Annual statistical returns and brief notes on vaccination in Bengal - 1896-1909
Year: 1896
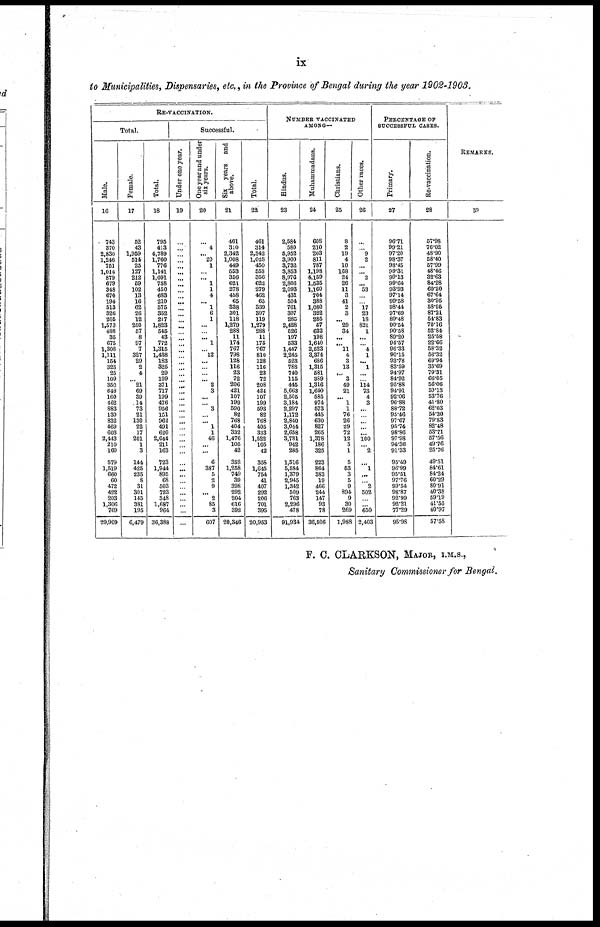
ix
to Municipalities, Dispensaries, etc., in the Province of Bengal during the year 1902-1903.
RE-VACCINATION.
Total.
Male.
16
743
370
2,830
1,246
751
1,014
879
679
348
670
194
513
326
205
1,573
488
35
675
1,308
1,111
154
323
25
109
350
648
160
462
883
130
832
469
603
2,443
210
160
579
1,519
660
60
472
422
203
1,306
769
29,909
Female.
17
52
43
1,959
514
25
127
212
59
102
13
16
62
26
12
250
57
8
97
7
327
29
2
4
...
21
69
39
14
73
21
130
22
17
201
1
3
144
425
235
8
31
301
145
381
195
6,479
Total.
18
795
413
4,789
1,760
776
1,141
1,091
738
450
683
210
575
352
217
1,823
545
43
772
1,315
1,438
183
325
29
109
371
717
199
476
956
151
962
491
620
2,644
211
163
723
1,944
895
68
503
723
348
1,687
964
36,388
Successful.
Under one year.
19
...
...
...
...
...
...
...
...
...
...
...
...
...
...
...
...
...
...
...
...
...
...
...
... ...
...
...
...
...
...
...
...
...
...
...
...
...
...
...
...
...
...
...
...
...
...
One year and under
six years.
20
...
4
... 20
1
...
... 1
1
4
... 1
6
1
...
...
... 1
...
l2
...
...
...
...
2
3
...
...
3
...
...
1
1
46
...
...
6
387
5
2
9
... 2
85
3
607
Six years and
above.
21
461
310
2,342
1,008
449
553
356
621
278
458
65
338
301
118
1,279
288
11
174
767
798
128
116
23
72
206
421
107
199
590
82
768
404
332
1,476
105
42
352
1,258
749
39
398
292
204
616
392
20,346
Total.
22
461
314
2,342
1,028
450
553
356
622
279
462
65
339
307
119
1,279
288
11
175
767
810
128
116
23
72
208
424
107
199
593
82
768
405
333
1,522
105
42
358
1,645
754
41
407
292
206
701
395
20,953
NUMBER VACCINATED
AMONG—
Hindus.
23
2,584
580
5,952
3,900
3,732
3,853
8,976
2,806
2,093
431
504
761
307
285
2,428
526
197
533
1,447
2,245
523
788
740
115
445
5,663
2,505
3,184
2,297
1,172
2,840
3,044
2,658
3,781
942
285
1,516
5,584
1,379
2,945
1,342
509
763
2,296
478
91,934
Muhammadans.
24
608
210
203
811
787
1,198
4,159
1,535
1,160
704
388
1,080
322
285
57
632
198
1,640
2,523
3,374
686
1,315
581
389
1,316
1,640
585
974
573
445
630
827
265
1,378
186
325
223
864
383
19
466
244
147
93
78
36,506
Christians.
25
8
2
19
4
10
168
24
26
11
3
41
2
3
...
29
34
...
...
11
4
3
13
... 3
49
21
...
1
1
76
26
29
72
12
5
1
5
53
3
5
9
894
9
30
269
1,988
Other races.
26
...
...
9
2
...
...
2
...
53
...
...
17
23
18
821
1
...
...
4
1
... 1
...
...
114
73
4
3
...
...
...
...
... 100
...
2
...
1
...
...
2
502
...
... 650
2,403
PERCENTAGE OF
SUCCESSFUL CASES.
Primary.
27
96.71
99.21
97.20
98.37
98.45
99.31
99.13
99.64
93.93
97.14
99.58
98.44
97.69
89.48
90.54
90.58
89.20
94.57
96.33
90.15
93.78
83.59
94.97
84.92
95.88
94.91
92.06
96.88
88.72
95.46
97.67
95.74
98.86
97.98
94.36
91.33
95.49
96.99
95.51
97.76
99.54
98.87
92.99
92.21
77.29
95.98
Re-vaccination.
28
57.98
76.02
48.90
58.40
57.99
48.46
32.63
84.28
60.20
67.64
30.95
58.95
87.21
54.83
70.16
52.84
25.58
22.06
58.32
56.32
69.94
35.69
79.31
66.05
56.06
59.13
53.76
41.80
62.03
54.30
79.83
82.48
53.71
57.56
49.76
25.76
49.51
84.61
84.24
60.29
80.91
40.38
59.19
41.55
40.97
57.58
REMARKS.
29
F. C. CLARKSON, MAJOR, I.M.S.,
Sanitary Commissioner for Bengal.